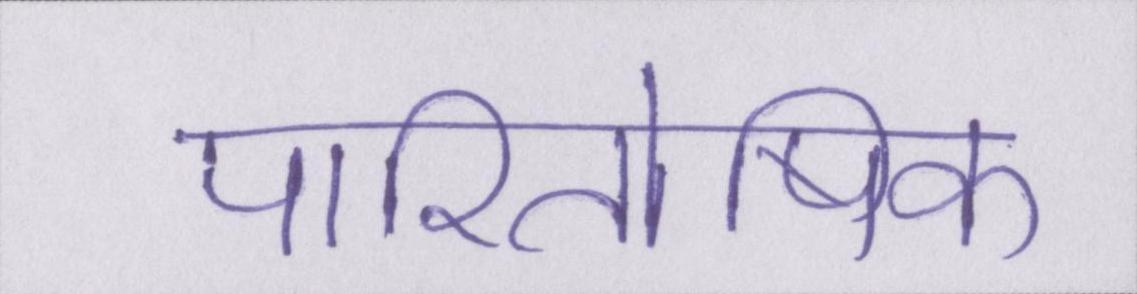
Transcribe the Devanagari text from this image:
पारितोषिक